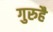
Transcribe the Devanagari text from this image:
गुरुहै